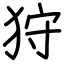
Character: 狩